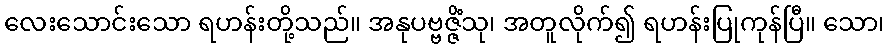
လေးသောင်းသော ရဟန်းတို့သည်။ အနုပဗ္ဗဇ္ဇိံသု၊ အတူလိုက်၍ ရဟန်းပြုကုန်ပြီ။ သော၊